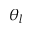
\theta _ { l }